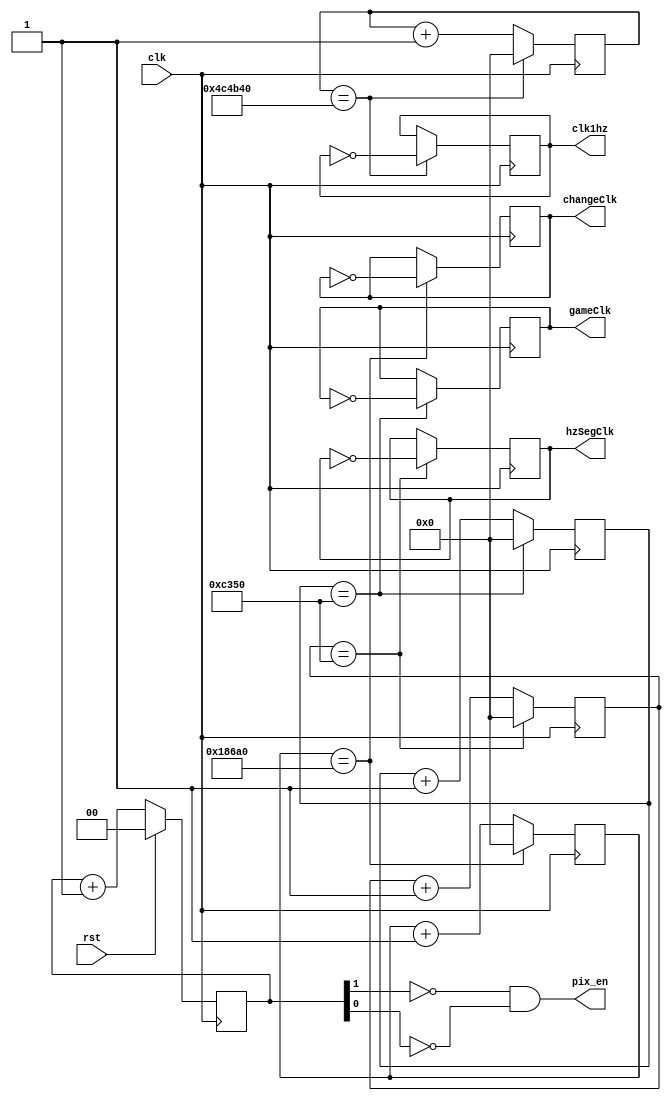
`timescale 1ns / 1ps
//////////////////////////////////////////////////////////////////////////////////
// Company:
// Engineer:
//
// Design Name:
// Module Name:    clock
// Project Name:
// Target Devices:
// Tool versions:
// Description:
//
// Dependencies:
//
// Revision:
// Revision 0.01 - File Created
// Additional Comments:
//
//////////////////////////////////////////////////////////////////////////////////

module clock(
	input wire clk,
	input wire rst,
	output wire hzSegClk,
	output wire gameClk,
	output wire clk1hz,
	output wire pix_en,
	output wire changeClk
    );
	 
	reg hzSegClkReg;
	reg gameClkReg;
	reg clk1hzReg;
	reg changeClkReg;

	reg [31:0] cnt_seg;
	reg [31:0] cnt_game;
	reg [31:0] cnt_1hz;
	reg [31:0] cnt_change;
	reg [1:0] q;
	
	//Divider for 1hz clock

	always @ (posedge clk)
	begin
		if(cnt_1hz == 5000000)
		begin
			cnt_1hz <= 32'b0;
			clk1hzReg <= ~clk1hz;
		end
		else
		begin
			cnt_1hz <= cnt_1hz + 32'b1;
			clk1hzReg <= clk1hz;
		end
	end
	
	//Divider for gameClk clock

	always @ (posedge clk)
	begin
		if(cnt_game == 50000)
		begin
			cnt_game <= 32'b0;
			gameClkReg <= ~gameClk;
		end
		else
		begin
			cnt_game <= cnt_game + 32'b1;
			gameClkReg <= gameClk;
		end
	end


	//Divider for change clock

	always @ (posedge clk)
	begin
		if(cnt_change == 100000)
		begin
			cnt_change <= 32'b0;
			changeClkReg <= ~changeClk;
		end
		else
		begin
			cnt_change <= cnt_change + 32'b1;
			changeClkReg <= changeClk;
		end
	end
	
	//Divider for segment clock

	always @ (posedge clk)
	begin
		if(cnt_seg == 50000)
		begin
			cnt_seg <= 32'b0;
			hzSegClkReg <= ~hzSegClk;
		end
		else
		begin
			cnt_seg <= cnt_seg + 32'b1;
			hzSegClkReg <= hzSegClk;
		end
	end


	// Clock divider
	always @(posedge clk)
	begin
		// reset condition
		if (rst == 1)
			q <= 0;
		// increment counter by one
		else
			q <= q+1;
	end

	assign changeClk = changeClkReg;
	assign clk1hz = clk1hzReg;
	assign gameClk = gameClkReg;
	assign hzSegClk = hzSegClkReg;
	assign pix_en = ~q[1] & ~q[0];

endmodule